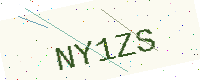
Text: NY1ZS